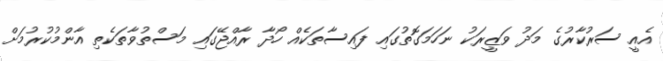
އެއީ ސަރުކާރުގެ މަދު ވަޒީރަކު ނަހަމަގޮތުގައި ފައިސާތަކެއް ހޯދާ ރާއްޖޭގައި މަސްތުވާތަކެތި އާންމުކުރުމަށް